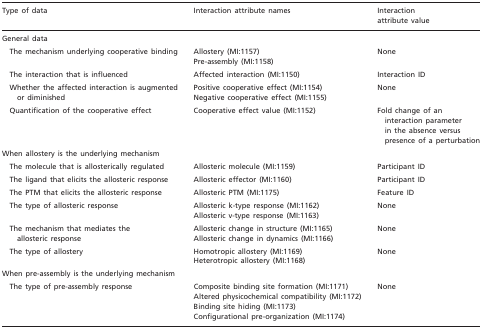
<table><thead><tr><td><b>Type of data</b></td><td><b>Interaction attribute names</b></td><td><b>Interaction attribute value</b></td></tr></thead><tbody><tr><td colspan="3">General data</td></tr><tr><td rowspan="2"> The mechanism underlying cooperative binding</td><td>Allostery (MI:1157)</td><td rowspan="2">None</td></tr><tr><td>Pre-assembly (MI:1158)</td></tr><tr><td>The interaction that is influenced</td><td>Affected interaction (MI:1150)</td><td>Interaction ID</td></tr><tr><td rowspan="2"> Whether the affected interaction is augmented or diminished</td><td>Positive cooperative effect (MI:1154)</td><td rowspan="2">None</td></tr><tr><td>Negative cooperative effect (MI:1155)</td></tr><tr><td>Quantification of the cooperative effect</td><td>Cooperative effect value (MI:1152)</td><td>Fold change of an interaction parameter in the absence versus presence of a perturbation</td></tr><tr><td colspan="3">When allostery is the underlying mechanism</td></tr><tr><td>The molecule that is allosterically regulated</td><td>Allosteric molecule (MI:1159)</td><td>Participant ID</td></tr><tr><td>The ligand that elicits the allosteric response</td><td>Allosteric effector (MI:1160)</td><td>Participant ID</td></tr><tr><td>The PTM that elicits the allosteric response</td><td>Allosteric PTM (MI:1175)</td><td>Feature ID</td></tr><tr><td rowspan="2"> The type of allosteric response</td><td>Allosteric k-type response (MI:1162)</td><td rowspan="2">None</td></tr><tr><td>Allosteric v-type response (MI:1163)</td></tr><tr><td rowspan="2"> The mechanism that mediates the allosteric response</td><td>Allosteric change in structure (MI:1165)</td><td rowspan="2">None</td></tr><tr><td>Allosteric change in dynamics (MI:1166)</td></tr><tr><td rowspan="2"> The type of allostery</td><td>Homotropic allostery (MI:1169)</td><td rowspan="2">None</td></tr><tr><td>Heterotropic allostery (MI:1168)</td></tr><tr><td colspan="3">When pre-assembly is the underlying mechanism</td></tr><tr><td rowspan="3"> The type of pre-assembly response</td><td>Composite binding site formation (MI:1171)</td><td rowspan="3">None</td></tr><tr><td>Altered physicochemical compatibility (MI:1172)</td></tr><tr><td>Binding site hiding (MI:1173) Configurational pre-organization (MI:1174)</td></tr></tbody></table>